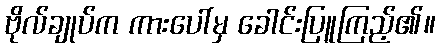
ဗိုလ်ချုပ်က ကားပေါ်မှ ခေါင်းပြူကြည့်၏။